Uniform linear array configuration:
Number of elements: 64
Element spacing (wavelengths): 0.25
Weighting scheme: hann
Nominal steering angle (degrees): -45
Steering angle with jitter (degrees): -44.939
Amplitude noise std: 0.05
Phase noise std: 0.05

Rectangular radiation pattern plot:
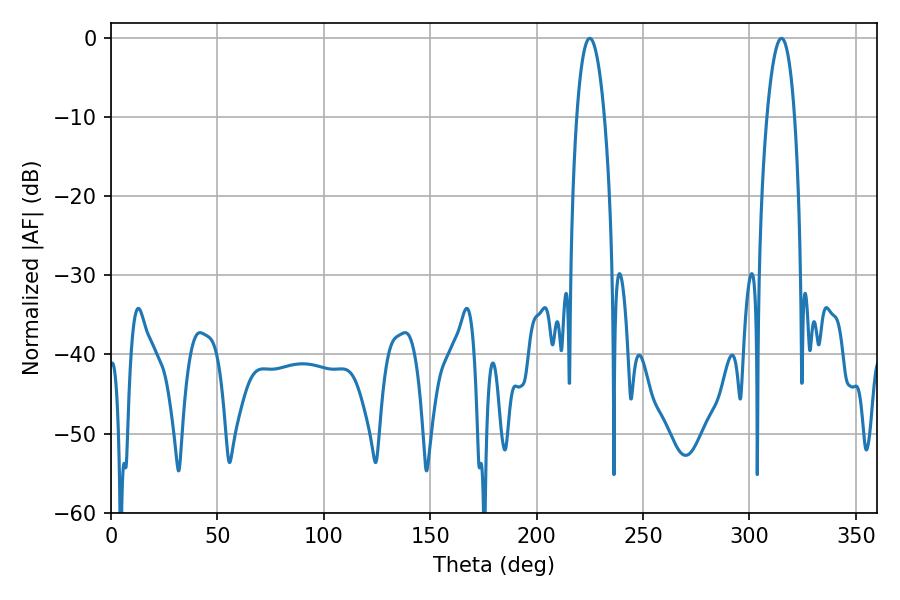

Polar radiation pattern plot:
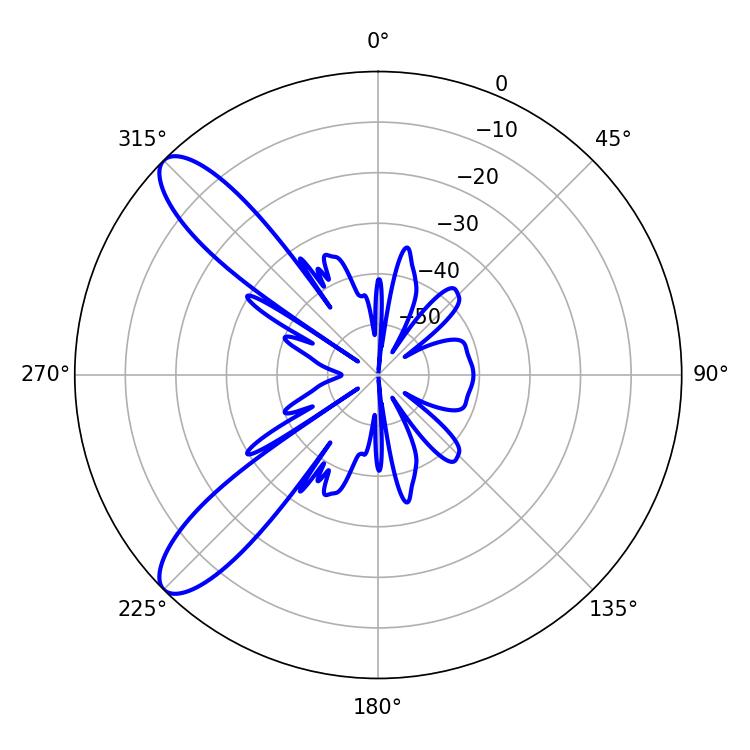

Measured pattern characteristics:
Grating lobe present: FALSE
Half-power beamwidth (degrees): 7.38
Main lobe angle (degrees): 225